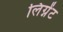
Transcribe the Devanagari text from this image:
लिंग्नेंट